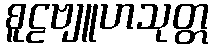
စူဠဗျူဟသုတ္တ